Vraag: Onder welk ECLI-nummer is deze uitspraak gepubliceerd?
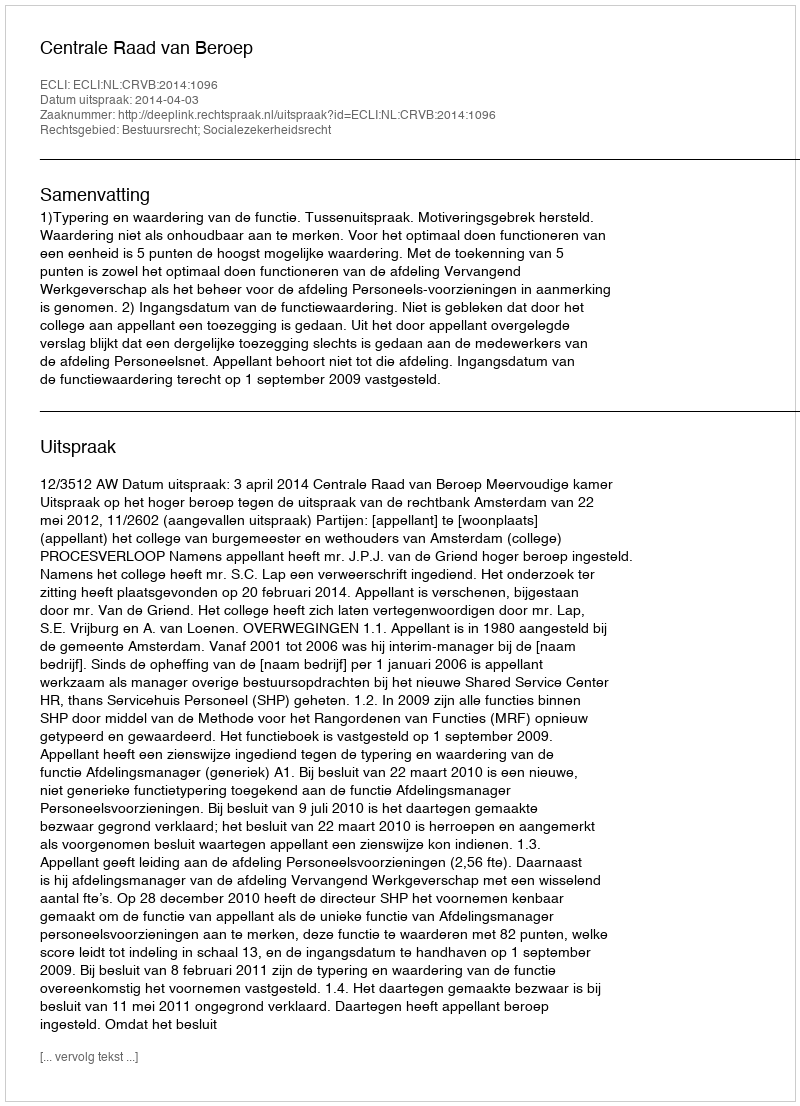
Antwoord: ECLI:NL:CRVB:2014:1096